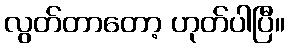
လွတ်တာတော့ ဟုတ်ပါပြီ။